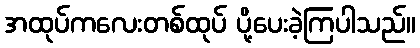
အထုပ်ကလေးတစ်ထုပ် ပို့ပေးခဲ့ကြပါသည်။